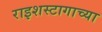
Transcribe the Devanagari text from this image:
राइशस्टागाच्या